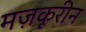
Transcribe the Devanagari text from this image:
मज़कूरीन